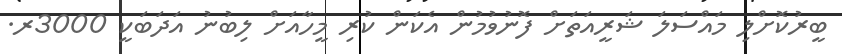
ބީރުކޮށްލި މައްސަލަ ޝަރީއަތަށް ފޮނުވުމުން އެކަން ކުރި މީހާއަށް ލިބުނު އަދަބަކީ 3000ރ.